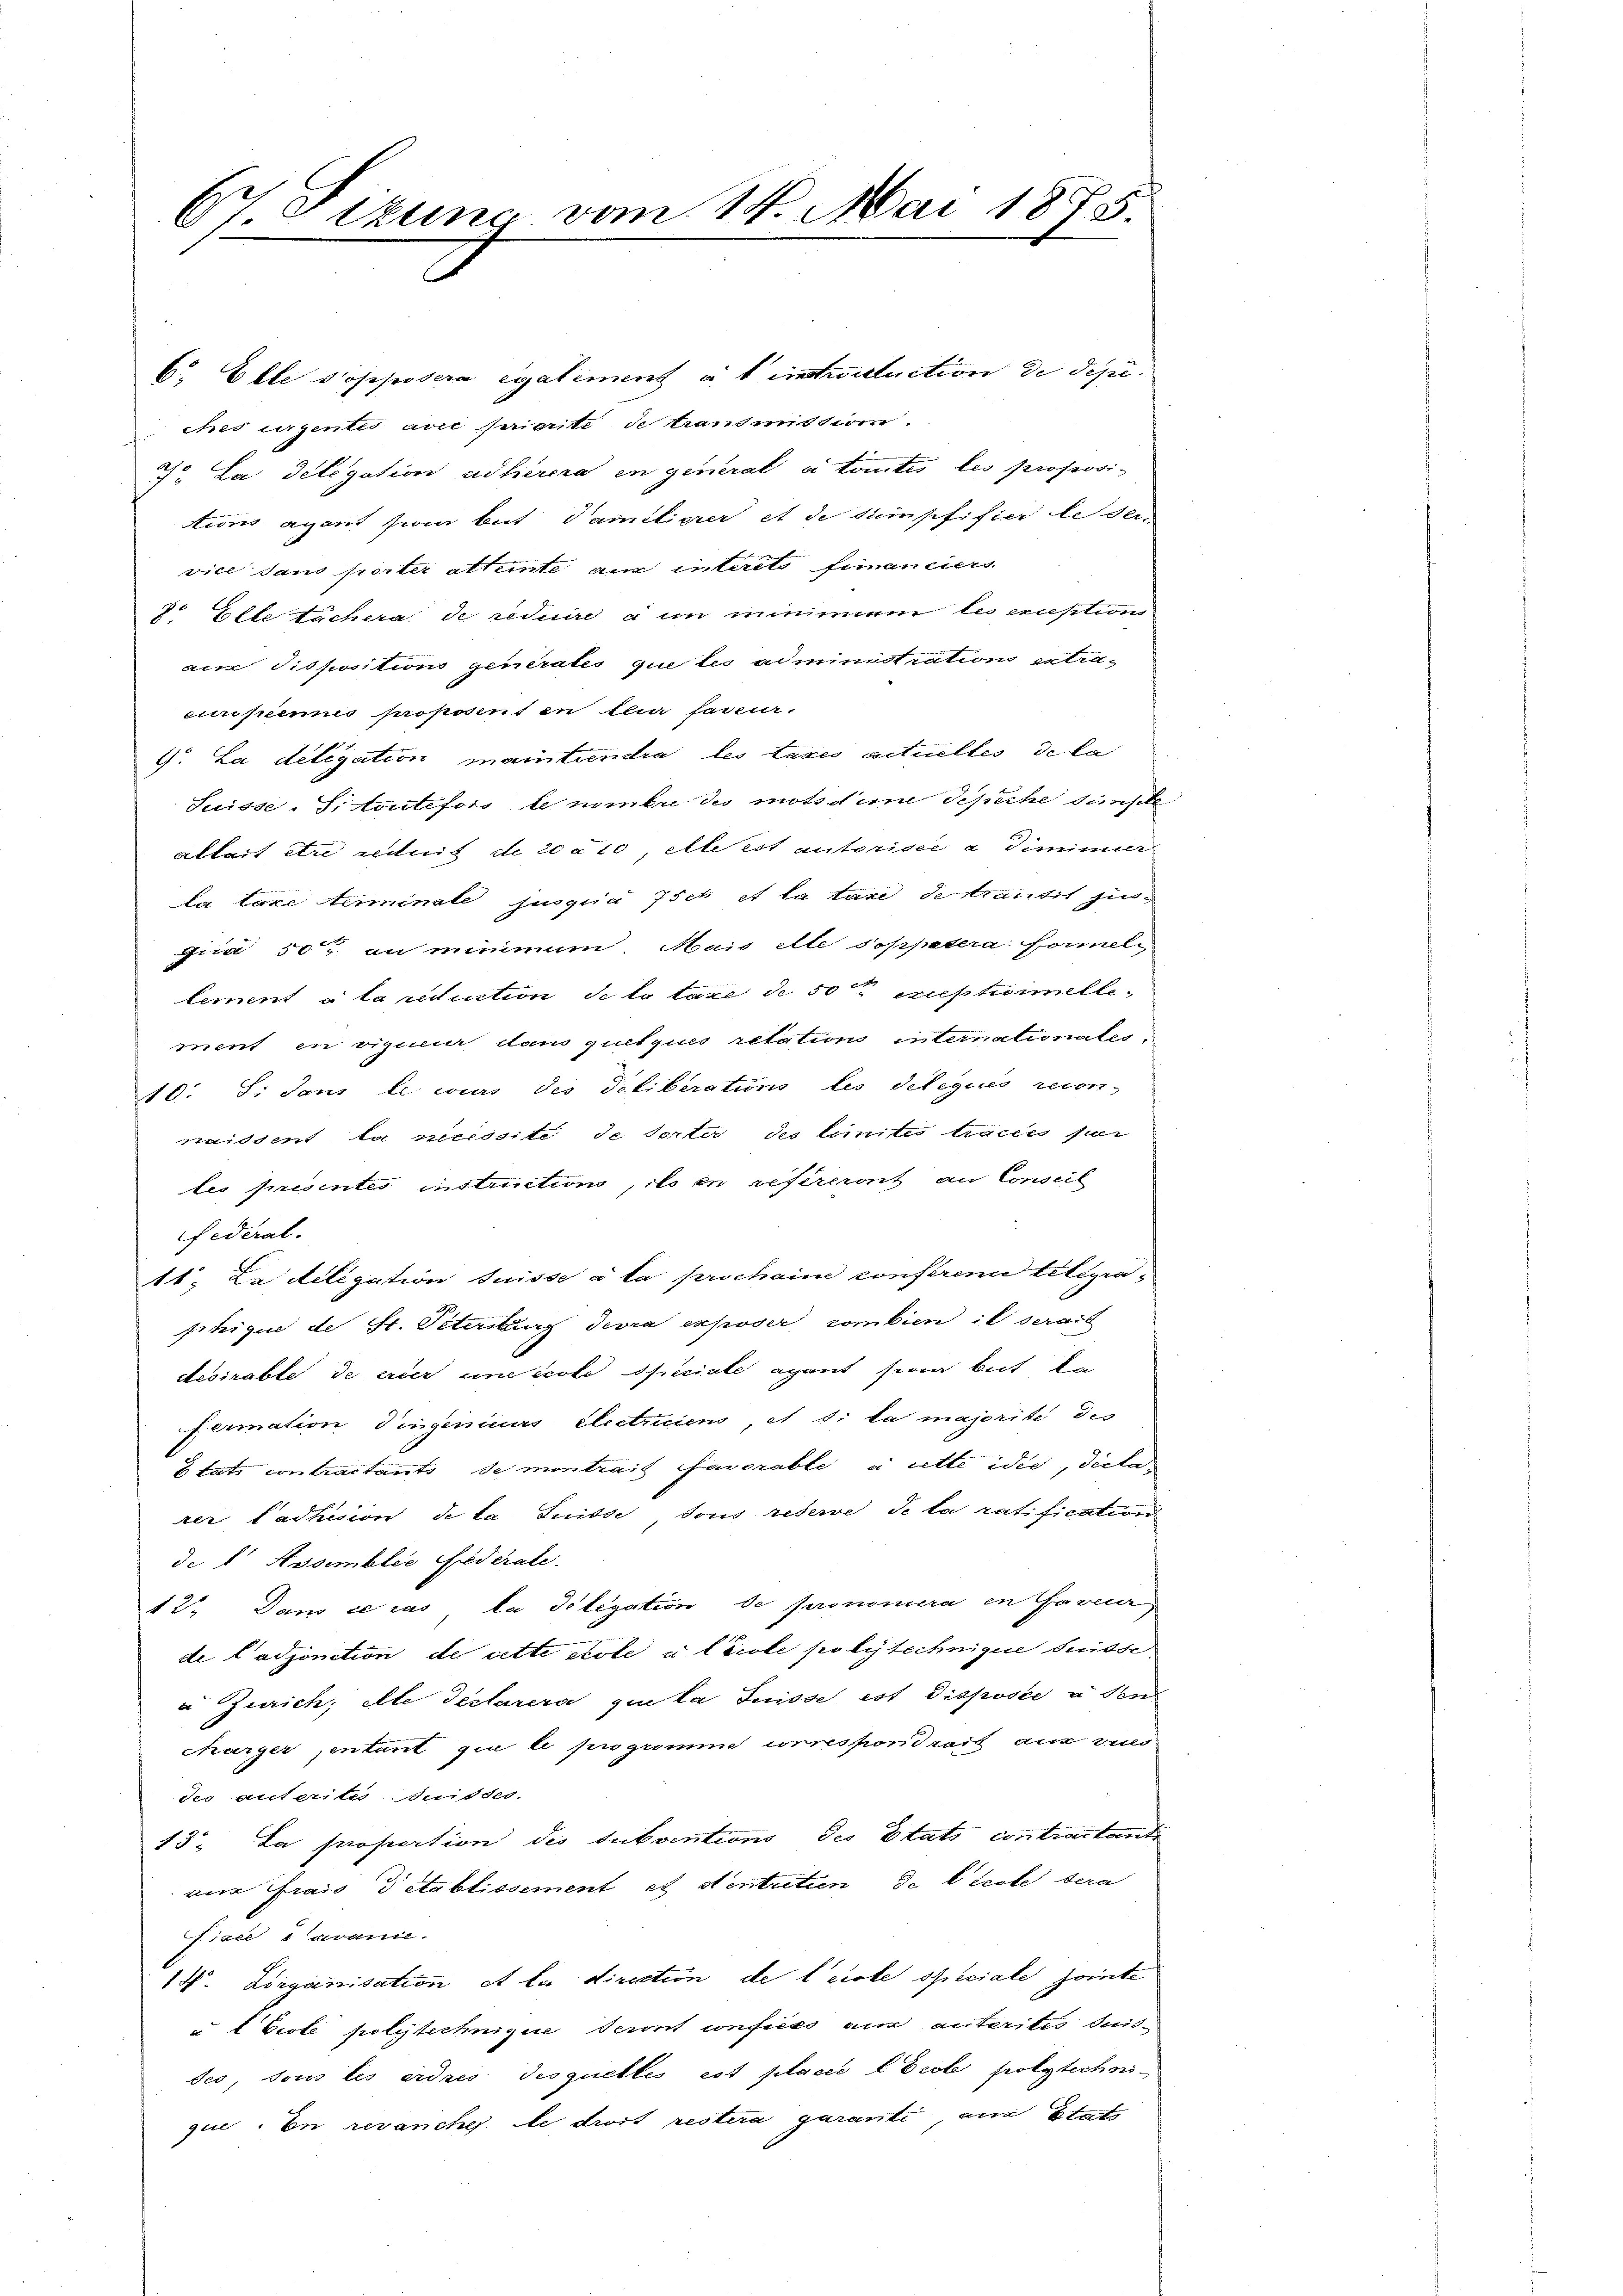
67 Fizun vom 14. Mai 1875.

C. Elle Popposera egaliment et intrituation de depe
ches eigentis avec priorité de transmission.
J. La delegation adlercra in general in Comtes les propositions aparit sein but damitierer et de sumpfifier le der-
vice dans porter attente aus interets fimanciers
2 Elle techera de reduire à un nimmen les custon
au Pispositions generales que les administrations extracuniseines proposent en la faveur.
9. La delegation maintiendra les tages actuelles de la
Suisse - Sistoutefois le nombre des motsdiene Schäche wünsche
alheit er admis de 20000 elle est autorise a Simmer
la taxe Neiminate jusquia Isch et la taxe de trautet jungica 50 an minimum Mais elle Soppetera formel
lement à la ruction deto taxe de 50 austrinelle
ment in vigueur dem guet zu retation internationates,
10. Si dans le cours des Deliberations les delegiis reconwaident la recessite de serter des limites tacios für
tes présentes instruction, des en refereront an Conseil
federal.
11. La delegation Suisse à la prochaine constreme telegrafihique de St. Petersburg devra exposer combien in serait
desirable de erer une école speciate agant sind bit, da
fermation Singenieurs Electriciens, et si la majorité des
Etats contractants de montrait favorable à cette idee, dictarer Ladhision de la Suisse sous rederve de la ratification
de   Assemblée Federate.
12. Dans ce cas, la Telegation de prommera en faveur
de Cadjonction de cette Note u. teile polytechnique suite
a Zürich; elle Teclarera que la Suisse est Dispose à sen
charger entant zu le programme correspondrath an di
des anferite der des
13. La proportion des Subventions des Etats contractante
nur frais detablissement et dentretien de l’école sera
isce avance.
14. Lorganisation et le direction de leiste speciale jointe
à l Ecole polytechnique seront confiées aus auterites deisses, sous les erdres desquettes est placić l Ecole polytechnique. In revanches le droit restera garante am Statt